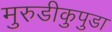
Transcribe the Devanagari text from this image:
मुरुडीकुपुडा